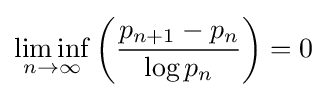
\liminf _{n\to \infty }\left({\frac {p_{n+1}-p_{n}}{\log p_{n}}}\right)=0~